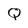
Character: Q